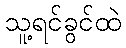
သူ့ရင်ခွင်ထဲ